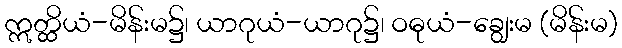
ဣတ္ထိယံ-မိန်းမ၌၊ ယာဂုယံ-ယာဂု၌၊ ဝဓုယံ-ချွေးမ (မိန်းမ)